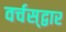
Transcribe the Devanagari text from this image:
वर्चस्‌द्वार